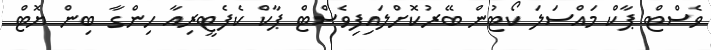
ވެސްޓް ޕާކް މައްސަލަ ކޯޓުން ބޭރުކޮށްލައިފިވެސްޓް ޕާކް ކެފެޓީރިއާ ހިންގާ ބިން ޔޮޓް